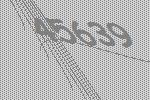
45639